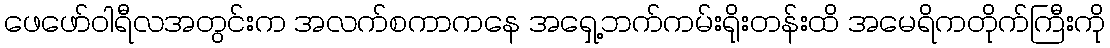
ဖေဖော်ဝါရီလအတွင်းက အလက်စကာကနေ အရှေ့ဘက်ကမ်းရိုးတန်းထိ အမေရိကတိုက်ကြီးကို